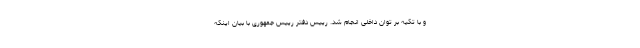
و با تکیه بر توان داخلی انجام شد. رییس دفتر رییس جمهوری با بیان اینکه